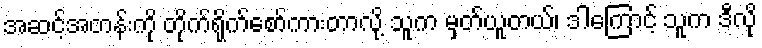
အဆင့်အတန်းကို တိုက်ရိုက်စော်ကားတာလို့ သူက မှတ်ယူတယ်၊ ဒါကြောင့် သူက ဒီလို